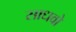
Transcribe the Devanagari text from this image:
साधवो